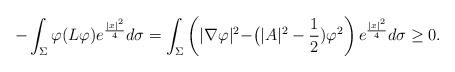
LaTeX: \begin{align*}-\int_{\Sigma}\varphi (L\varphi)e^{\frac{|x|^2}{4}}d\sigma=\int_{\Sigma}\left(|\nabla\varphi|^{2}-\bigr(|A|^{2}-\frac12)\varphi^2\right)e^{\frac{|x|^2}{4}}d\sigma\geq 0.\end{align*}